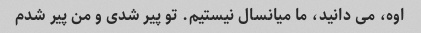
اوه، می دانید، ما میانسال نیستیم. تو پیر شدی و من پیر شدم